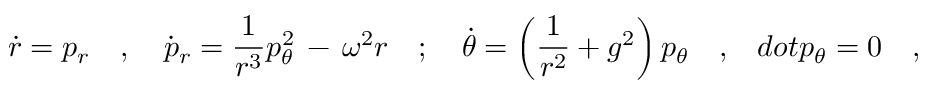
\dot { r } = p _ { r } \ \ \ , \ \ \ \dot { p } _ { r } = \frac { 1 } { r ^ { 3 } } p _ { \theta } ^ { 2 } \, - \, \omega ^ { 2 } r \ \ \ ; \ \ \ \dot { \theta } = \left( \frac { 1 } { r ^ { 2 } } + g ^ { 2 } \right) p _ { \theta } \ \ \ , \ \ \, d o t { p } _ { \theta } = 0 \ \ \ ,